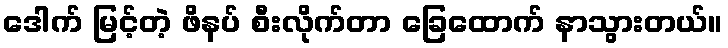
ဒေါက် မြင့်တဲ့ ဖိနပ် စီးလိုက်တာ ခြေထောက် နာသွားတယ်။